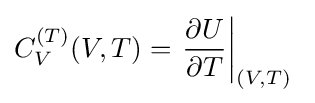
C_{V}^{(T)}(V,T)=\left.{\frac {\partial U}{\partial T}}\right|_{(V,T)}\